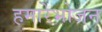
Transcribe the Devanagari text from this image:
हमारेभोजन